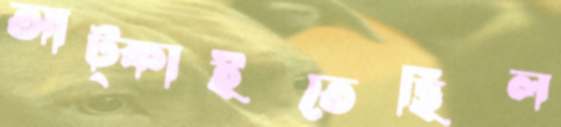
আট্‌কাইতেছিল